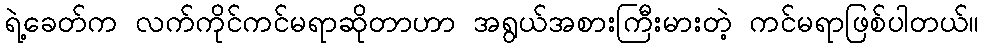
ရဲ့ခေတ်က လက်ကိုင်ကင်မရာဆိုတာဟာ အရွယ်အစားကြီးမားတဲ့ ကင်မရာဖြစ်ပါတယ်။